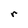
Character: r